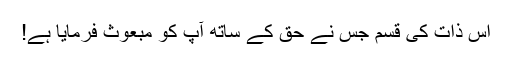
اس ذات کی قسم جس نے حق کے ساتھ آپ کو مبعوث فرمایا ہے!